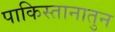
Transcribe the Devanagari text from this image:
पाकिस्तानातुन